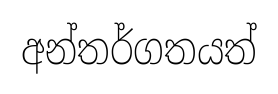
අන්තර්ගතයත්